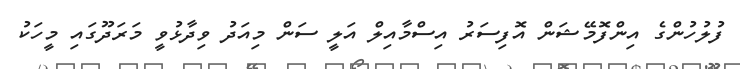
ފުލުހުންގެ އިންފޮމޭޝަން އޮފިސަރު އިސްމާއިލް އަލީ ސަން މިއަދު ވިދާޅުވީ މަރަދޫގައި މީހަކު